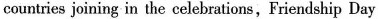
countries joining in the celebrations, Friendship Day